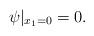
LaTeX: \begin{align*}\psi|_{x_1=0}=0.\end{align*}